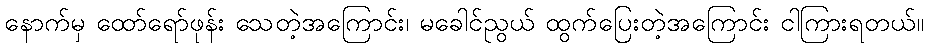
နောက်မှ ထော်ရော်ဖုန်း သေတဲ့အကြောင်း၊ မခေါင်ညွယ် ထွက်ပြေးတဲ့အကြောင်း ငါကြားရတယ်။